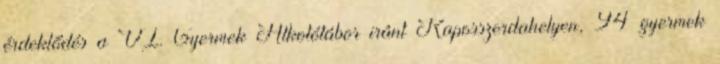
érdeklődés a VI. Gyermek Alkotótábor iránt Kaposszerdahelyen, 94 gyermek